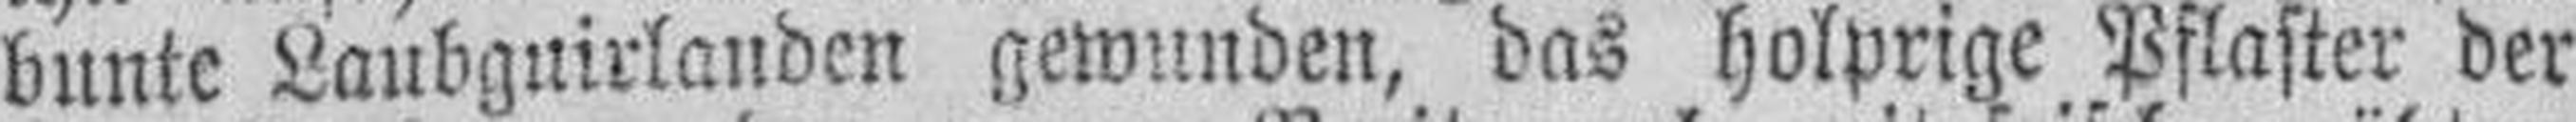
bunte Laubguirlanden gewunden, das holprige Pflaster der